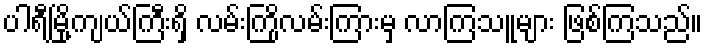
ပါရီမြို့ကျယ်ကြီးရှိ လမ်းကြိုလမ်းကြားမှ လာကြသူများ ဖြစ်ကြသည်။